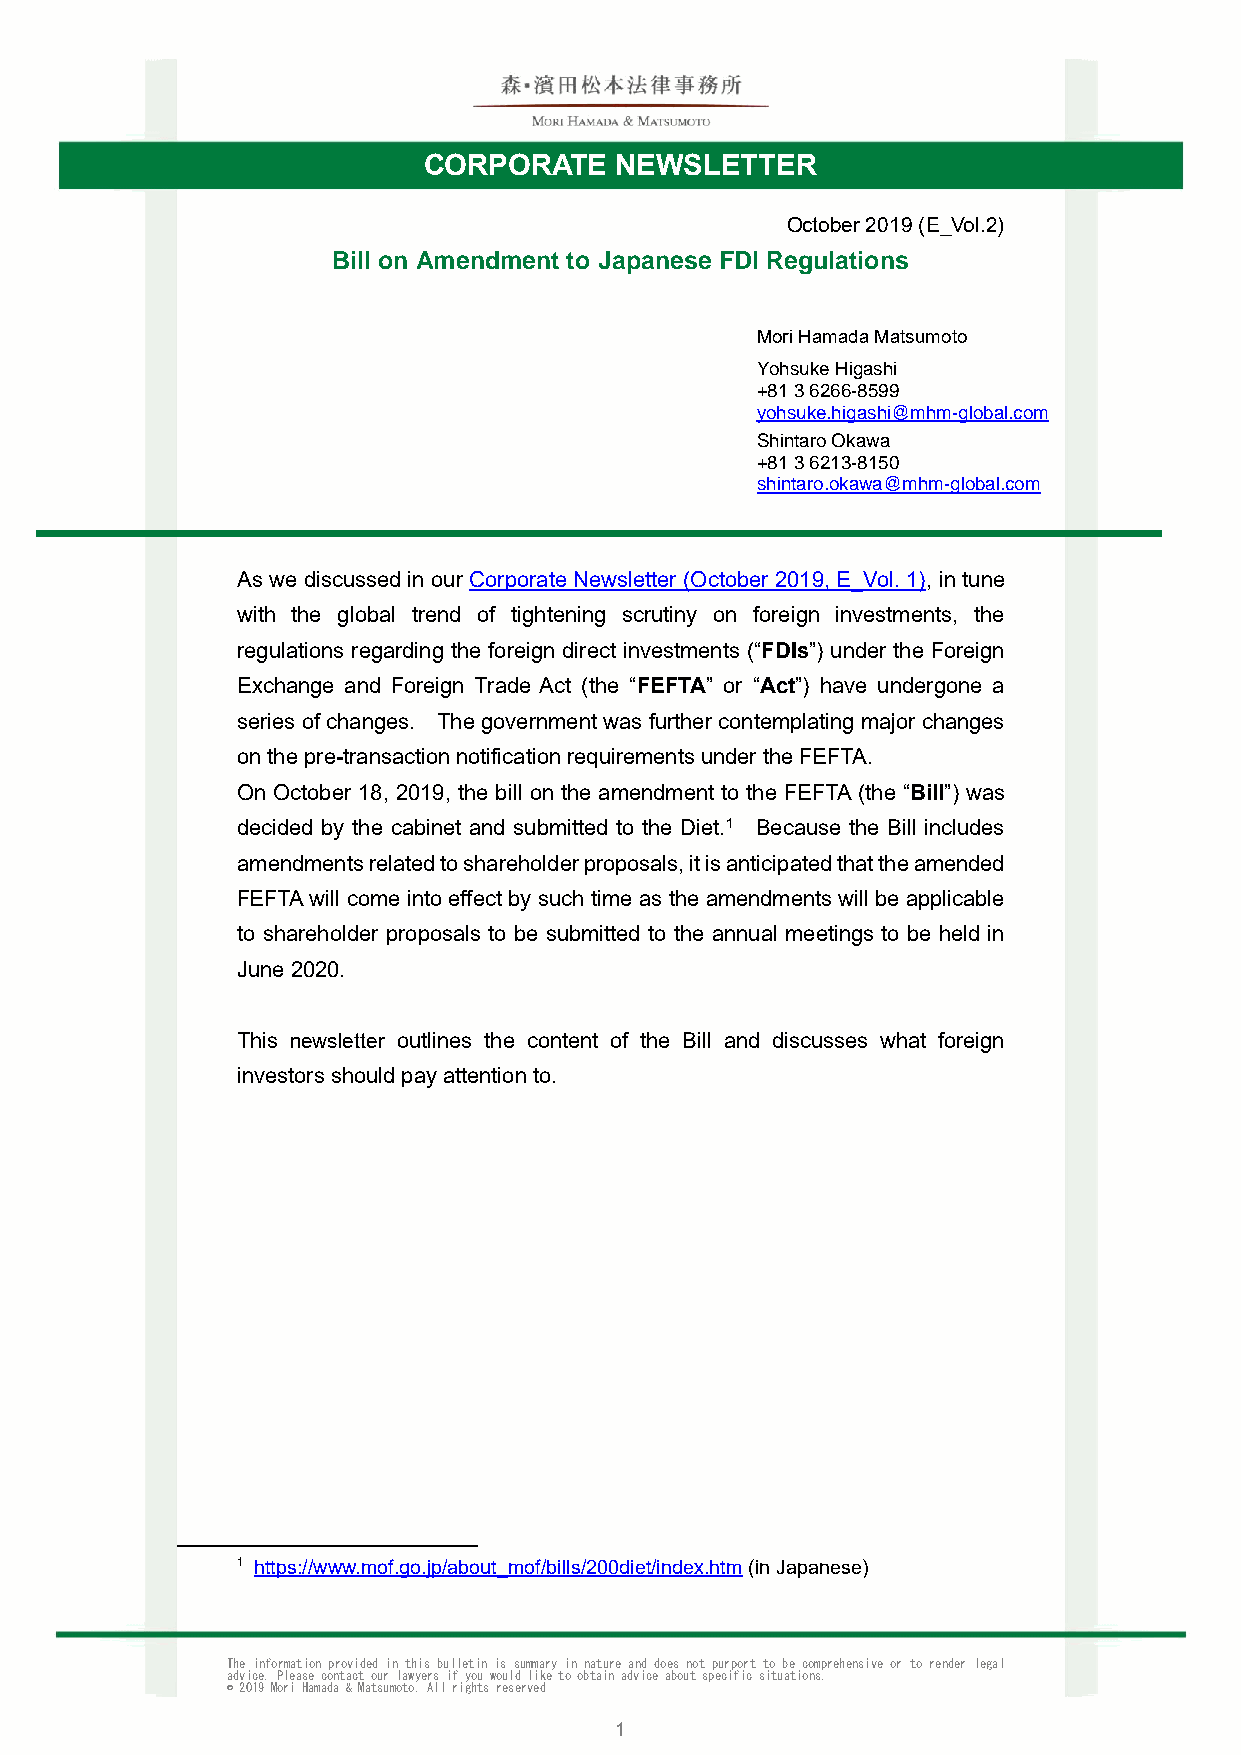
CORPORATE    NEWSLETTER
 October 2019 (E_Vol.2)
 Bill on Amendment to Japanese FDI Regulations
 Mori Hamada Matsumoto
 Yohsuke Higashi
 +81 3 6266-8599
 yohsuke.higashi@mhm-global.com
 Shintaro Okawa
 +81 3 6213-8150
 shintaro.okawa@mhm-global.com
 As we discussed in our Corporate Newsletter (October 2019, E_Vol. 1), in tune
 with the global trend of tightening scrutiny on foreign investments, the
 regulations regarding the foreign direct investments (“FDIs”) under the Foreign
 Exchange and Foreign Trade Act (the “FEFTA” or “Act”) have undergone a
 series of changes. The government was further contemplating major changes
 on the pre-transaction notification requirements under the FEFTA.
 On October 18, 2019, the bill on the amendment to the FEFTA (the “Bill”) was
 decided by the cabinet and submitted to the Diet.1 Because the Bill includes
 amendments related to shareholder proposals, it is anticipated that the amended
 FEFTA will come into effect by such time as the amendments will be applicable
 to shareholder proposals to be submitted to the annual meetings to be held in
 June 2020.
 This newsletter outlines the content of the Bill and discusses what foreign
 investors should pay attention to.
 1 https://www.mof.go.jp/about_mof/bills/200diet/index.htm (in Japanese)
 The information provided in this bulletin is summary in nature and does not purport to be comprehensive or to render legal
 advice. Please contact our lawyers if you would like to obtain advice about specific situations.
 © 2019 Mori Hamada & Matsumoto. All rights reserved
 1